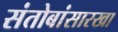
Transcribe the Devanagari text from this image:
संतोबांसारखा